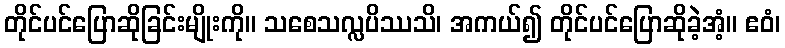
တိုင်ပင်ပြောဆိုခြင်းမျိုးကို။ သစေသလ္လပိဿသိ၊ အကယ်၍ တိုင်ပင်ပြောဆိုခဲ့အံ့။ ဧဝံ၊